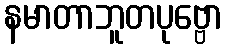
နမာတာဘူတပုဗ္ဗော